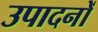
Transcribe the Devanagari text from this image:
उपादनों